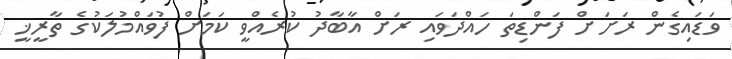
ވަޑައިގެން ރަށަށް ފަންޑިތަ ހައްދަވައި ރަށް އާބާދު ކުރެއްވީ ކަމަށް ފުވައްމުލަކުގެ ތާރީޚީ